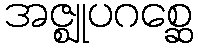
အဇ္ဈုပဂစ္ဆေ